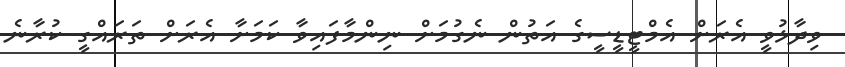
ވިދާޅުވީ އެރަށް އެމްޓީޑީސީގެ އަތުން ނެގުމަށް ނިންމާފައިވާ ކަމަށާ އެރަށް ތަރައްގީ ކުރާނެ